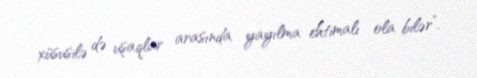
xüsusilə də uşaqlar arasında yayılma ehtimalı ola bilər”.